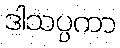
ဒါသပ္ပကာ